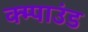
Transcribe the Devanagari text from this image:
क्म्पाउंड